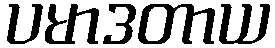
ပမာဒတာယ